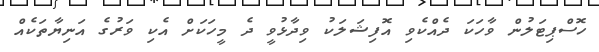
ހޮސްޕިޓަލުން ވާހަކަ ދެއްކެވި އޮފިޝަލަކު ވިދާޅުވީ ދެ މީހަކަށް އެކި ވަރުގެ އަނިޔާތަކެއް